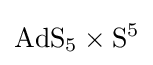
\mathrm {AdS} _{5}\times \mathrm {S} ^{5}